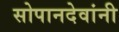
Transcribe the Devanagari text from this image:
सोपानदेवांनी